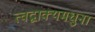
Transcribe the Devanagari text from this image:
त्वद्वाक्यमधुना